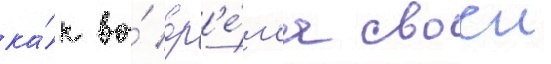
ка́к во́ вр'е́м'я своеи